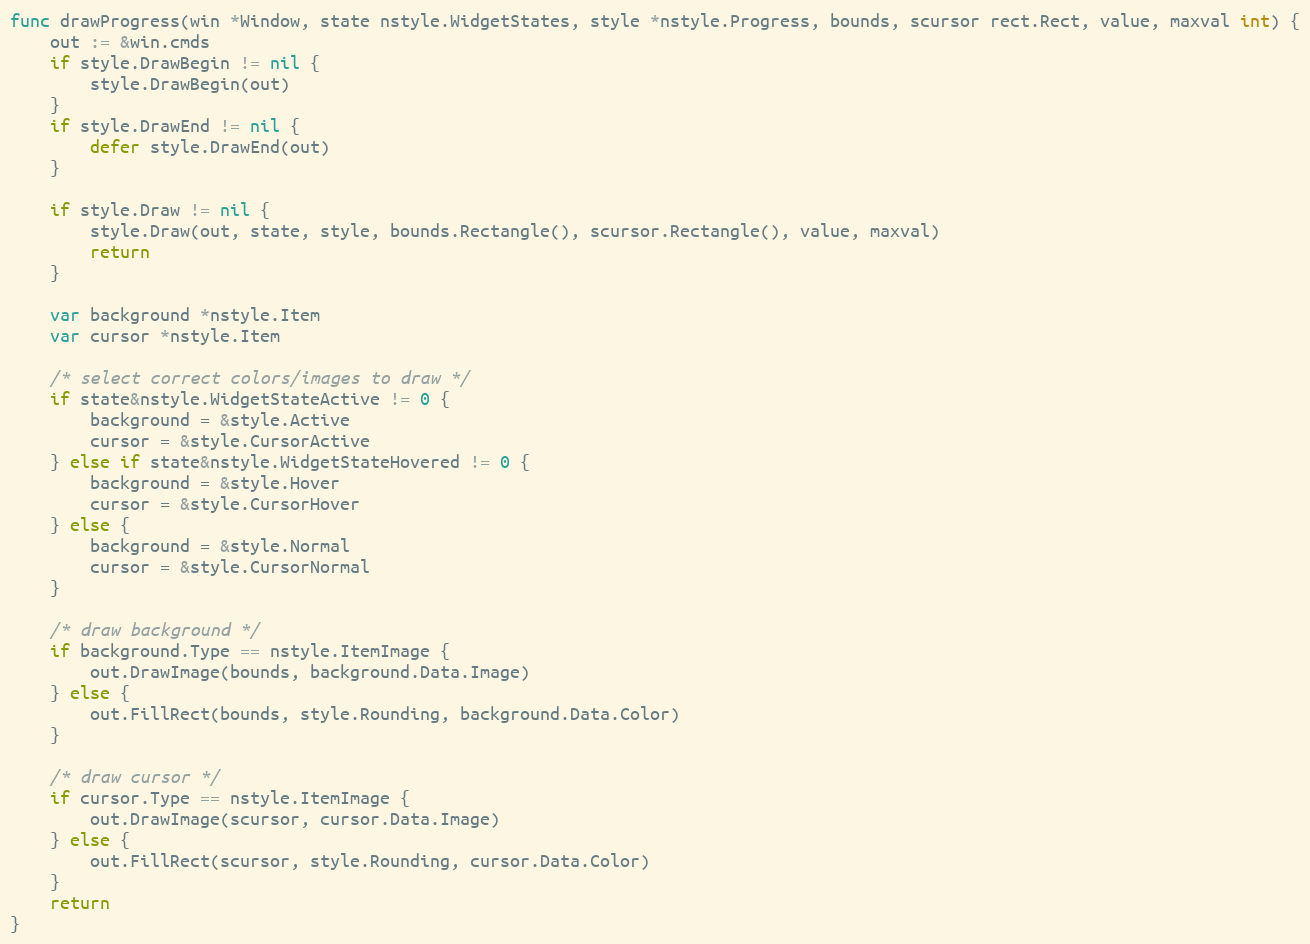
Language: Go
func drawProgress(win *Window, state nstyle.WidgetStates, style *nstyle.Progress, bounds, scursor rect.Rect, value, maxval int) {
	out := &win.cmds
	if style.DrawBegin != nil {
		style.DrawBegin(out)
	}
	if style.DrawEnd != nil {
		defer style.DrawEnd(out)
	}

	if style.Draw != nil {
		style.Draw(out, state, style, bounds.Rectangle(), scursor.Rectangle(), value, maxval)
		return
	}

	var background *nstyle.Item
	var cursor *nstyle.Item

	/* select correct colors/images to draw */
	if state&nstyle.WidgetStateActive != 0 {
		background = &style.Active
		cursor = &style.CursorActive
	} else if state&nstyle.WidgetStateHovered != 0 {
		background = &style.Hover
		cursor = &style.CursorHover
	} else {
		background = &style.Normal
		cursor = &style.CursorNormal
	}

	/* draw background */
	if background.Type == nstyle.ItemImage {
		out.DrawImage(bounds, background.Data.Image)
	} else {
		out.FillRect(bounds, style.Rounding, background.Data.Color)
	}

	/* draw cursor */
	if cursor.Type == nstyle.ItemImage {
		out.DrawImage(scursor, cursor.Data.Image)
	} else {
		out.FillRect(scursor, style.Rounding, cursor.Data.Color)
	}
	return
}